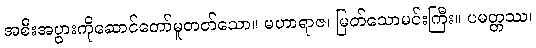
အစီးအပွားကိုဆောင်တော်မူတတ်သော။ မဟာရာဇ၊ မြတ်သောမင်းကြီး။ ပမတ္တဿ၊